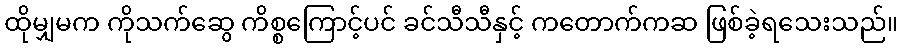
ထိုမျှမက ကိုသက်ဆွေ ကိစ္စကြောင့်ပင် ခင်သီသီနှင့် ကတောက်ကဆ ဖြစ်ခဲ့ရသေးသည်။